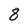
Character: 8